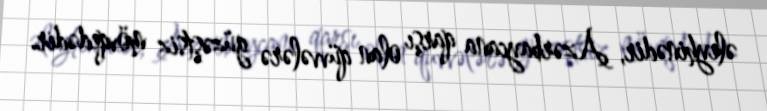
əleyhinədir, Azərbaycana qarşı olan qüvvələrə güzəştsiz mövqedədir.